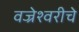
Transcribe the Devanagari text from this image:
वज्रेश्वरीचे